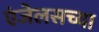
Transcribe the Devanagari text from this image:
एंजेलसच्या